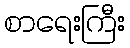
စာရေးကြီး